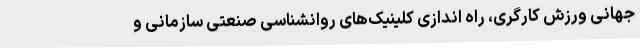
جهانی ورزش کارگری، راه اندازی کلینیک‌های روانشناسی صنعتی سازمانی و